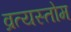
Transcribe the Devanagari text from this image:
व्रत्यस्तोम